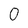
Character: 0